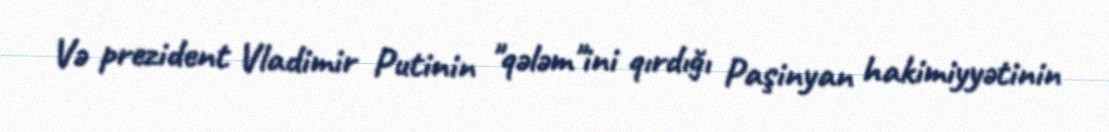
Və prezident Vladimir Putinin "qələm"ini qırdığı Paşinyan hakimiyyətinin